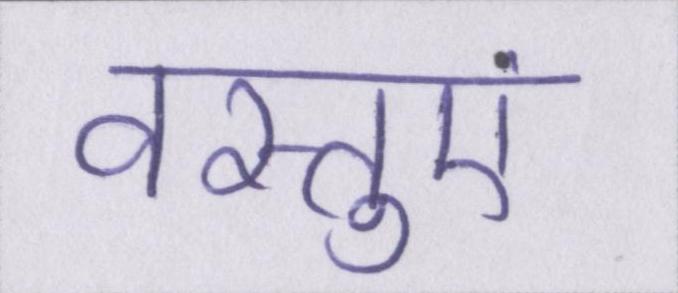
वस्तुएं